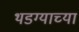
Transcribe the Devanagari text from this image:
थडग्याच्या